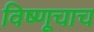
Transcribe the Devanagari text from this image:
विष्णूचाच